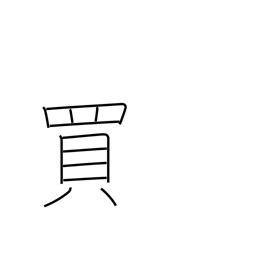
Meaning: buy